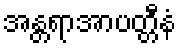
အန္တရာအာပတ္တီနံ